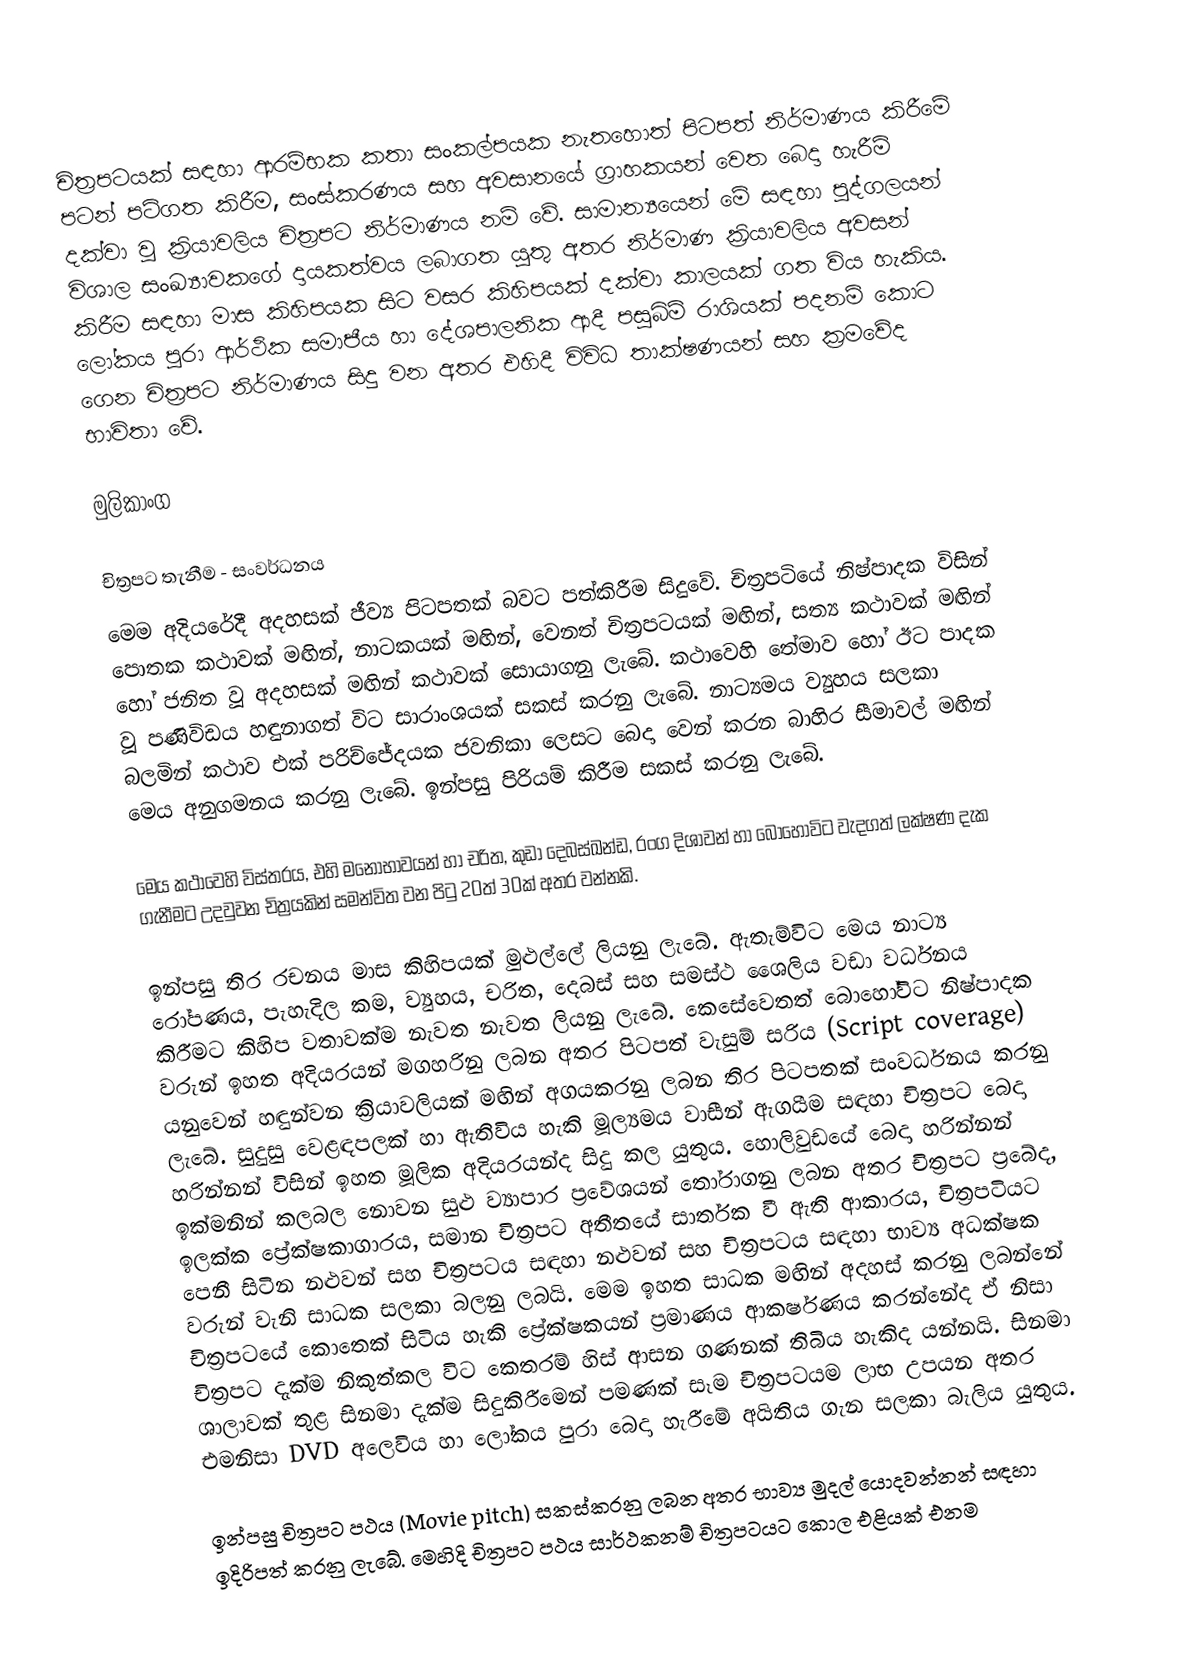
චිත්‍රපටයක් සඳහා ආරම්භක කතා සංකල්පයක නැතහොත් පිටපත් නිර්මාණය කිරීමේ පටන් පටිගත කිරීම, සංස්කරණය සහ අවසානයේ ග්‍රාහකයන් වෙත බෙදා හැරීම් දක්වා වූ ක්‍රියාවලිය චිත්‍රපට නිර්මාණය නම් වේ. සාමාන්‍යයෙන් මේ සඳහා පුද්ගලයන් විශාල සංඛ්‍යාවකගේ දායකත්වය ලබාගත යුතු අතර නිර්මාණ ක්‍රියාවලිය අවසන් කිරීම සඳහා මාස කිහිපයක සිට වසර කිහිපයක් දක්වා කාලයක් ගත විය හැකිය. ලෝකය පුරා ආර්ථික සමාජීය හා දේශපාලනික ආදී පසුබිම් රාශියක් පදනම් කොට ගෙන චිත්‍රපට නිර්මාණය සිදු වන අතර එහිදී විවිධ තාක්ෂණයන් සහ ක්‍රමවේද භාවිතා වේ.

මුලිකාංග

චිත්‍රපට තැනීම - සංවර්ධනය
මෙම අදියරේදී අදහසක් ජීව්‍ය පිටපතක් බවට පත්කිරීම සිදුවේ.  චිත්‍රපටියේ නිෂ්පාදක විසින් පොතක කථාවක් මඟින්, නාටකයක් මඟින්, වෙනත් චිත්‍රපටයක් මඟින්, සත්‍ය කථාවක් මඟින් හෝ ජනිත වූ අදහසක් මඟින් කථාවක් සොයාගනු ලැබේ.  කථ‍ාවෙහි තේමාව හෝ ඊට පාදක වූ පණිවිඩය හඳුනාගත් විට සාරාංශයක් සකස් කරනු ලැබේ.  නාට්‍යමය ව්‍යුහය සලකා බලමින් කථාව එක් පරිච්ජේදයක ජවනිකා ලෙසට බෙදා‍ වෙන් කරන බාහිර සීමාවල් මඟින් මෙය අනුගමනය කරනු ලැබේ.  ඉන්පසු පිරියම් කිරීම සකස් කරනු ලැබේ.

මෙය කථාවෙහි විස්තරය, එහි මනෝභාවයන් හා චරිත, කුඩා දෙබස්ඛන්ඩ, රංග දිශාවන් හා බොහෝවිට වැදගත් ලක්ෂණ දැක ගැනීමට උදවුවන චිත්‍රයකින් සමන්විත වන පිටු 20ත් 30ක් අතර වන්නකි.

ඉන්පසු තිර රචනය මාස කිහිපයක් මුළුල්ලේ ලියනු ලැබේ.  ඇතැම්විට මෙය නාට්‍ය රෝපණය, පැහැදිල කම, ව්‍යුහය, චරිත, දෙබස් සහ සමස්ථ ශෛලිය වඩා වර්ධනය කිරීමට කිහිප වතාවක්ම නැවත නැවත ලියනු ලැබේ.  කෙසේවෙතත් බොහෝවිට නිෂ්පාදක වරුන් ඉහත අදියරයන් මගහරිනු ලබන අතර පිටපත් වැසුම් සරිය (Script coverage) යනුවෙන් හඳුන්වන ක්‍රියාවලියක් මඟින් අගයකරනු ලබන තිර පිටපතක් සංවර්ධනය කරනු ලැබේ.  සුදුසු වෙළඳපලක් හා ඇතිවිය හැකි මූල්‍යමය වාසීන් ඇගයීම සඳහා චිත්‍රපට බෙදා හරින්නන් විසින් ඉහත මූලික අදියරයන්ද සිදු කල යුතුය.  හොලිවුඩයේ බෙදා හරින්නන් ඉක්මනින් කලබල නොවන සුළු ව්‍යාපාර ප්‍රවේශයන් තෝරාගනු ලබන අතර චිත්‍රපට ප්‍රබේද, ඉලක්ක ප්‍රේක්ෂකාගාරය, සමාන චිත්‍රපට අතීතයේ සාර්තක වී ඇති ආකාරය, චිත්‍රපටියට පෙනී සිටින නළුවන් සහ චිත්‍රපටය සඳහා නළුවන් සහ චිත්‍රපටය සඳහා භාව්‍ය අධක්ෂක වරුන් වැනි සාධක සලකා බලනු ලබයි.  මෙම ඉහත සාධක මඟින් අදහස් කරනු ලබන්නේ චිත්‍රපටයේ කොතෙක් සිටිය හැකි ප්‍රේක්ෂකයන් ප්‍රමාණය ආකර්ෂණය කරන්නේද ඒ නිසා චිත්‍රපට දැක්ම නිකුත්කල විට කෙතරම් හිස් ආසන ගණනක් තිබිය හැකිද යන්නයි.  සිනමා ශාලාවක් තුළ සිනමා දැක්ම සිදුකිරීමෙන් පමණක් සෑම චිත්‍රපටයම ලාභ උපයන අතර එමනිසා DVD අලෙවිය හා ලෝකය පුරා බෙදා හැරීමේ අයිතිය ගැන සලකා බැලිය යුතුය.

ඉන්පසු චිත්‍රපට පථය (Movie pitch) සකස්කරනු ලබන අතර භාව්‍ය මුදල් යොදවන්නන් සඳහා ඉදිරිපත් කරනු ලැබේ.  මෙහිදි චිත්‍රපට පථය සාර්ථකනම් චිත්‍රපටයට කොල එළියක් එනම